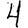
Digit: 4